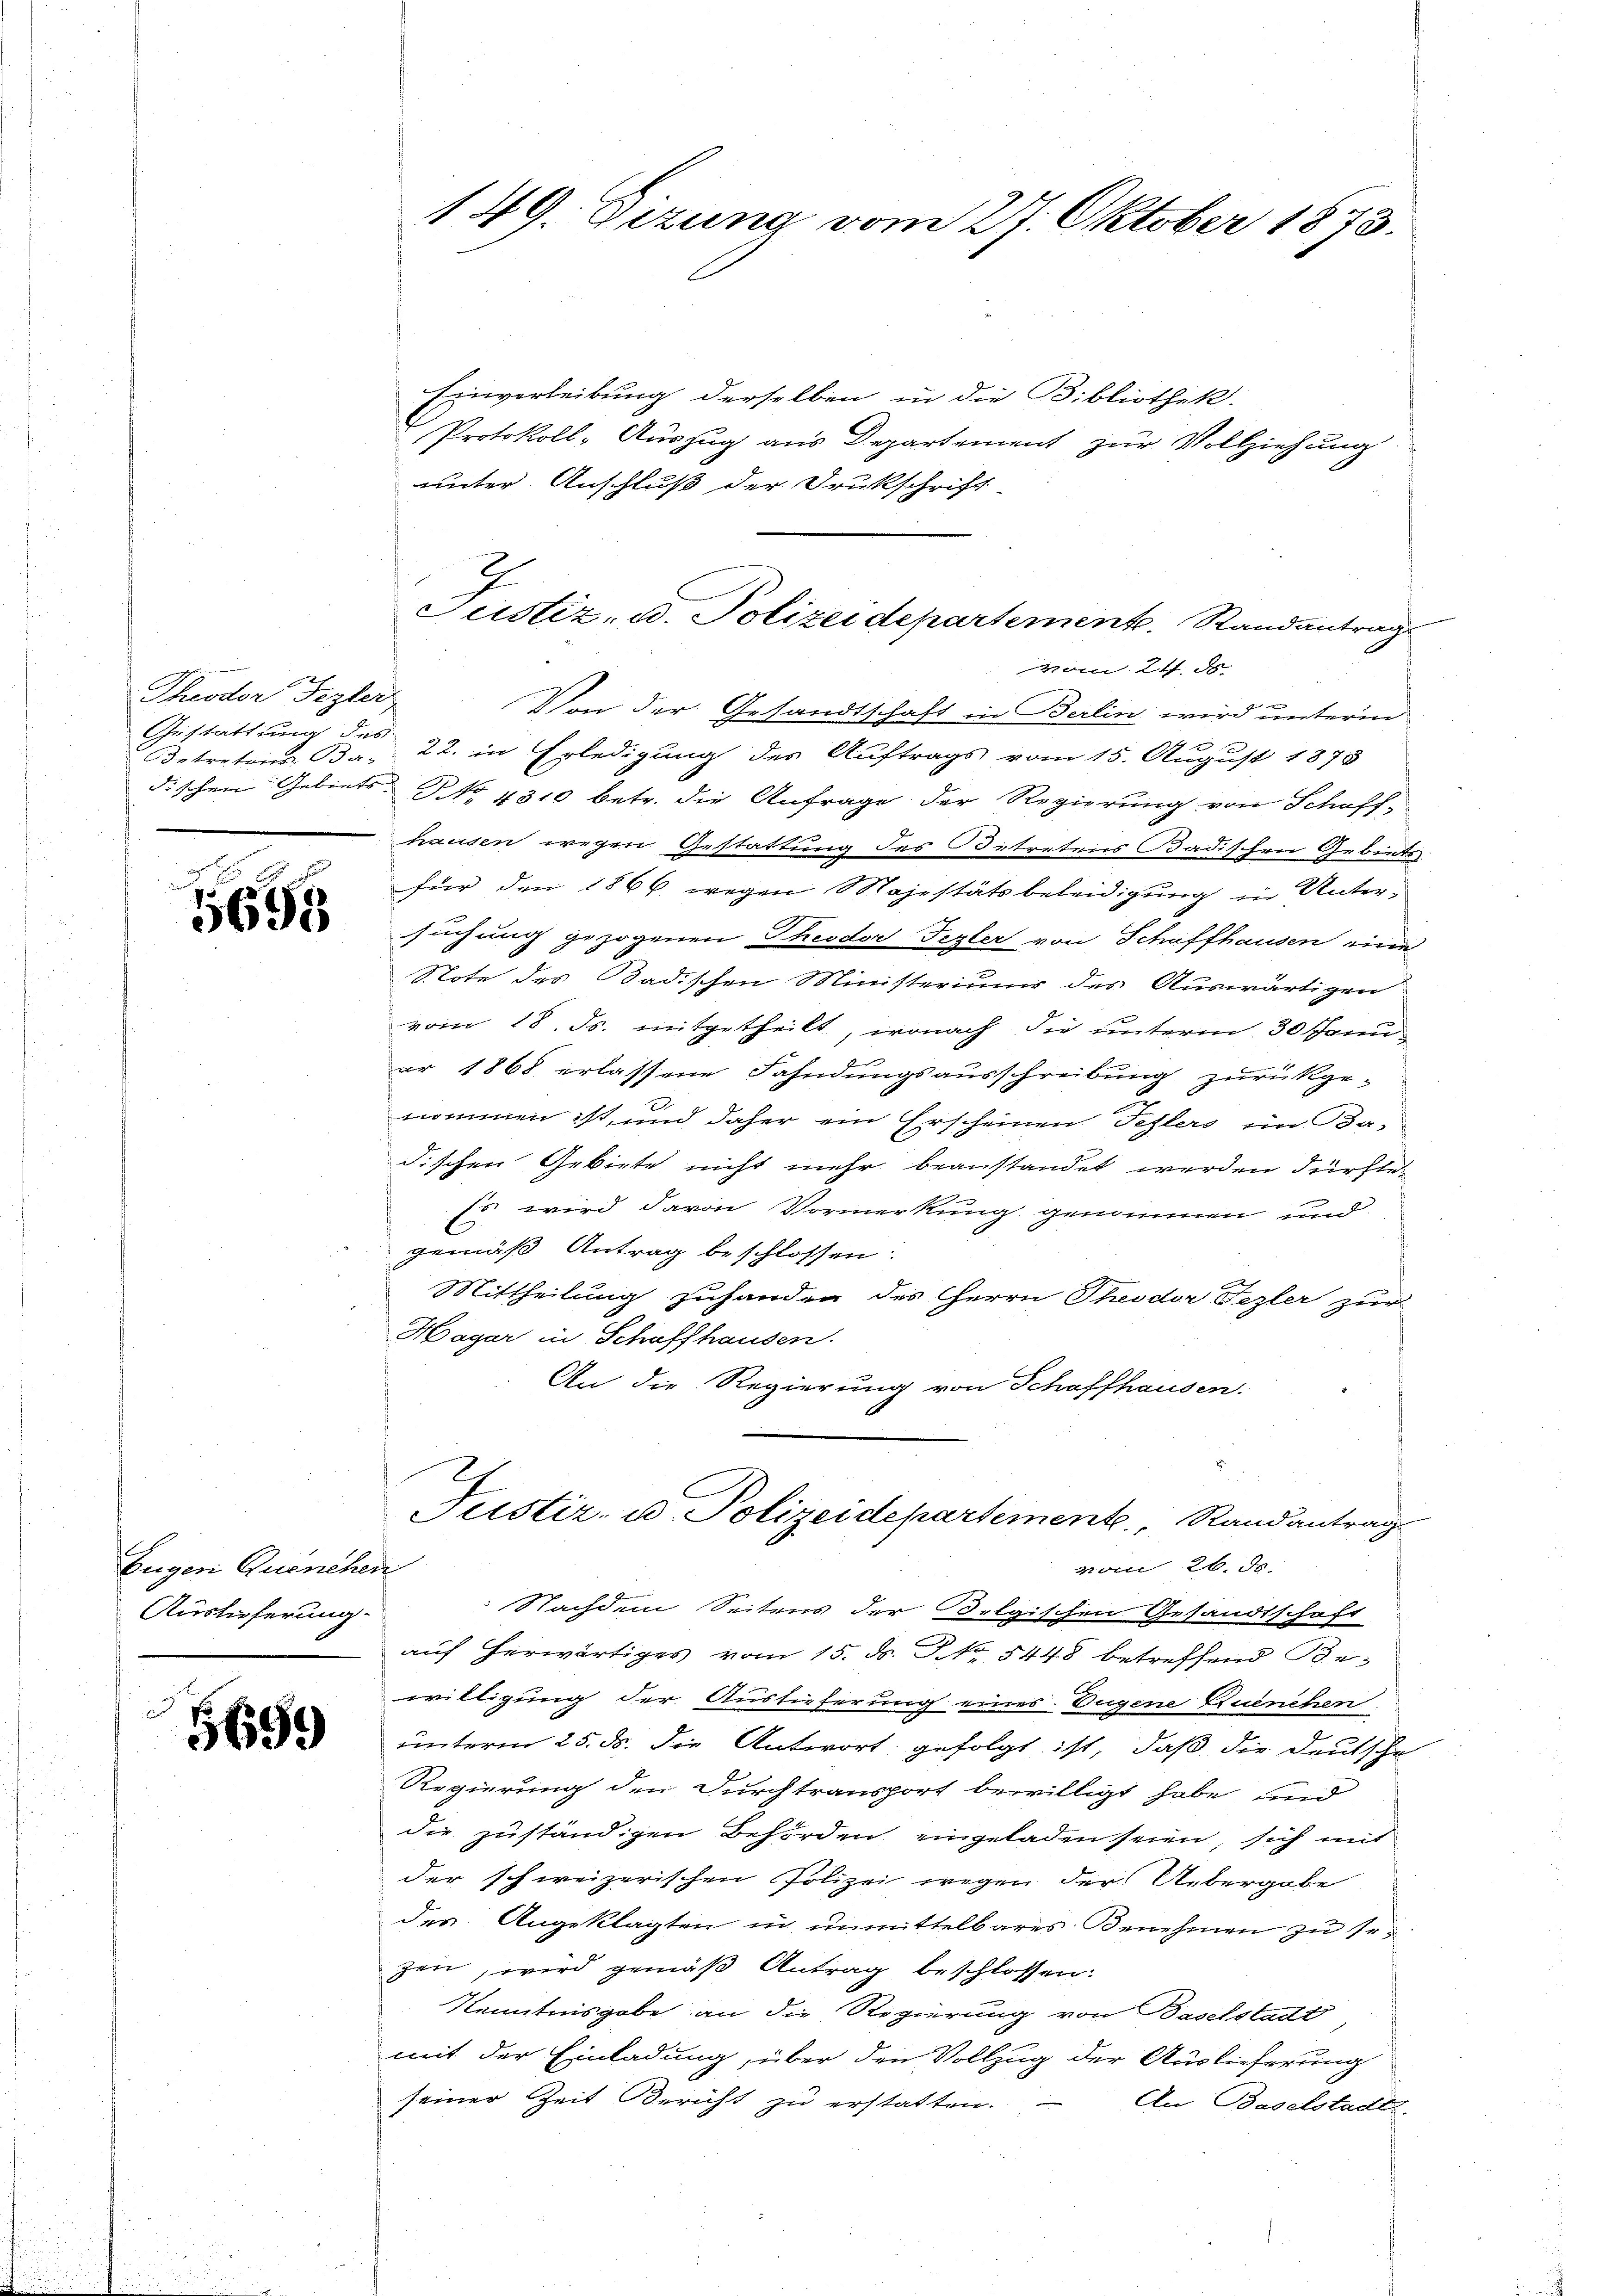
x
Theodor Fezler
Gestattung des

6

Eugen Quenchen
Auslieferung.

5699

Einverleibung derselben in die Bibliothek.
Protokoll- Auszug aus Departement zur Vollziehung
unter Anschluß der Drukschrift
vom 21. ds.
Von der Gesandtschaft in Berlin wird unterm
Detretine Bau 22. in Erledigung des Auftrags vom 15. August 1878
dischen Gebiets: No 1310 betr. die Anfrage der Regierung von Schaffhausen wegen Gestattung des Betretens Badischen Gebiets
für den 1866 wegen Majestätsbeleidigung in Untersuchung gezogenen Theodor Fezler von Schaffhausen eine
Note des Badischen Ministerium des Auswärtigen
vom 18. ds. mitgetheilt, wonach die unterm 30 Januer 1868 erlassene Fahndungsausschreibung zurückge-
nommen ist, und daher ein Erscheinen Fehlers im Ba-
dischen Gebiete nicht mehr beanstandet werden dürfte.
Es wird davon Vormerkung genommen und
gemäß Antrag beschlossen:
E
Mittheilung zuhanden des Herrn Theodor Fezler zur
Hagar in Schaffhausen.
An die Regierung von Schaffhausen.
Justiz- u. Polizeidepartemente. Randantrag
vom 26. d.
Nachdem Seitens der Oelgischen Gesandtschaft
auf herwärtiges vom 15. ds. No. 5448 betreffend Be-
willigung der Auslieferung eines Eugene Kuenchen
unterm 25. ds. die Antwort gefolgt ist, daß die Deutsche
Regierung den Durchtransport bewilligt habe, und
die zuständigen Behörden eingeladen seien sich mit
der schweizerischen Polizei wegen der Uebergabe
der Angeklagten in unmittelbares Benehmen zu sezen, wird gemäß Antrag beschlossen:
Kenntnisgabe an die Regierung von Baselstadt
mit der Einladung, über den Vollzug der Auslieferung
seiner Zeit Bericht zu erstatten.
An Baselstadtr.

149. Sizung vom 27. Oktober 1873.

Justiz- u. Polizeidepartement. Randantrag